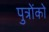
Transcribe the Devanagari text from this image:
पुत्राेंकाे